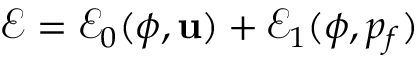
\mathcal E = \mathcal E _ { 0 } ( \phi , { \bf u } ) + \mathcal E _ { 1 } ( \phi , p _ { f } )